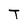
Character: T